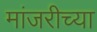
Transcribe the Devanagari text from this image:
मांजरीच्या